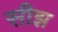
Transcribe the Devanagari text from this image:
सीझ